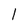
Character: 1